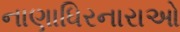
નાણાધિરનારાઓ